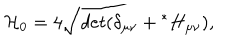
{ \cal { H } } _ { 0 } = 4 { \hspace { 0 . 2 c m } } \sqrt [ [object Object] ] ] { d e t ( \delta _ { \mu \nu } + { } ^ { * } H _ { \mu \nu } ) } ,